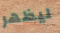
ليظهر